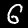
Digit: 6